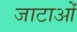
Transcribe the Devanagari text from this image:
जाटाओं